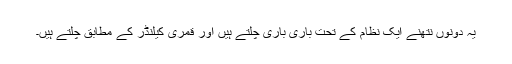
یہ دونوں نتھنے ایک نظام کے تحت باری باری چلتے ہیں اور قمری کیلنڈر کے مطابق چلتے ہیں۔